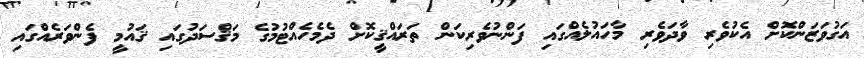
އަގުވަޒަންކޮށް އެކުވެރި ވާދަވެރި މާހައުލެއްގައި ފަންނުވެރިކަން ތަރައްޤީކޮށް ދެމެހެއްޓުމުގެ މަޤްސަދުގައި ޤައުމީ ފެންވަރެއްގައި